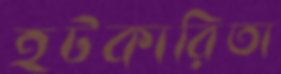
হটকারিতা